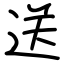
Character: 送